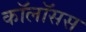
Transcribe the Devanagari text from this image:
कॉलॉसस